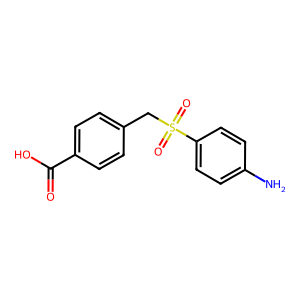
SMILES: Nc1ccc(S(=O)(=O)Cc2ccc(C(=O)O)cc2)cc1
Inhibits HIV replication: No